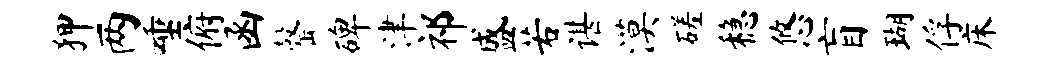
狎两唾俯函罄碑津祁盛若谌漠磋稳悠盲瑚俘床